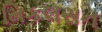
મિકલસન